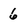
Character: 6